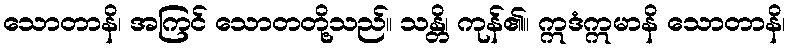
သောတာနိ၊ အကြင် သောတတို့သည်။ သန္တိ၊ ကုန်၏။ ဣဒံဣမာနိ သောတာနိ၊